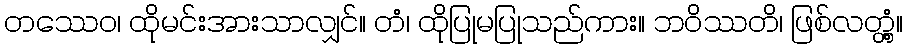
တဿေဝ၊ ထိုမင်းအားသာလျှင်။ တံ၊ ထိုပြုမပြုသည်ကား။ ဘဝိဿတိ၊ ဖြစ်လတ္တံ့။